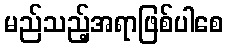
မည်သည့်အရာဖြစ်ပါစေ